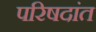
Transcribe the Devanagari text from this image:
परिषदांत